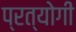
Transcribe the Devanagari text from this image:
प्रत्योगी